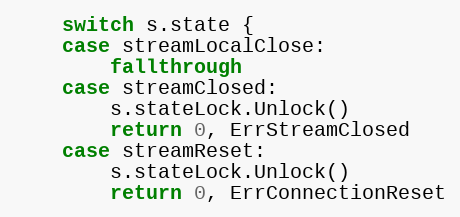
Language: Go
	switch s.state {
	case streamLocalClose:
		fallthrough
	case streamClosed:
		s.stateLock.Unlock()
		return 0, ErrStreamClosed
	case streamReset:
		s.stateLock.Unlock()
		return 0, ErrConnectionReset